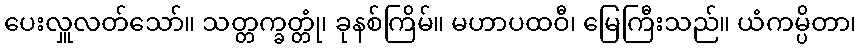
ပေးလှူလတ်သော်။ သတ္တက္ခတ္တုံ၊ ခုနစ်ကြိမ်။ မဟာပထဝီ၊ မြေကြီးသည်။ ယံကမ္ပိတာ၊